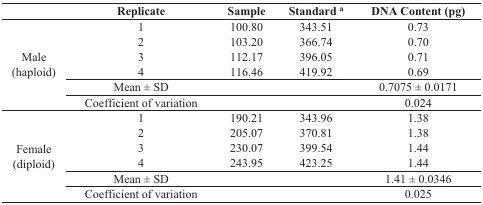
|  | Replicate | Sample | Standard a | DNA Content (pg) |
 | --- | --- | --- | --- | --- |
 | <ROWSPAN=6> Male (haploid) | 1 | 100.80 | 343.51 | 0.73 |
 | 2 | 103.20 | 366.74 | 0.70 |
 | 3 | 112.17 | 396.05 | 0.71 |
 | 4 | 116.46 | 419.92 | 0.69 |
 | Mean ± SD |  |  | 0.7075 ± 0.0171 |
 | Coefficient of variation |  |  | 0.024 |
 | <ROWSPAN=6> Female (diploid) | 1 | 190.21 | 343.96 | 1.38 |
 | 2 | 205.07 | 370.81 | 1.38 |
 | 3 | 230.07 | 399.54 | 1.44 |
 | 4 | 243.95 | 423.25 | 1.44 |
 | Mean ± SD |  |  | 1.41 ± 0.0346 |
 | Coefficient of variation |  |  | 0.025 |